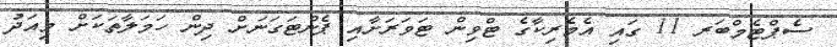
ސެޕްޓެމްބަރ 11 ގައި އެމެރިކާގެ ޓްވިން ޓަވަރަށާއި ޕެންޓަގަނަށް ދިން ހަމަލާތަކަށް މިއަދު